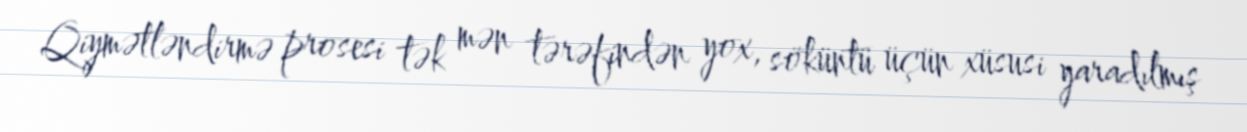
Qiymətləndirmə prosesi tək mən tərəfindən yox, söküntü üçün xüsusi yaradılmış